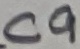
Text: C9